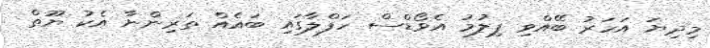
މިދިޔަ އަހަރު ބޭއްވި ފިލުމު އެވޯޑްސް ހަފްލާގައި ބައެއް ތަރިންނާ އެކު ޔޫތް